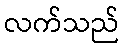
လက်သည်